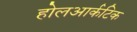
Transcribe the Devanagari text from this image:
होलआर्कटिक